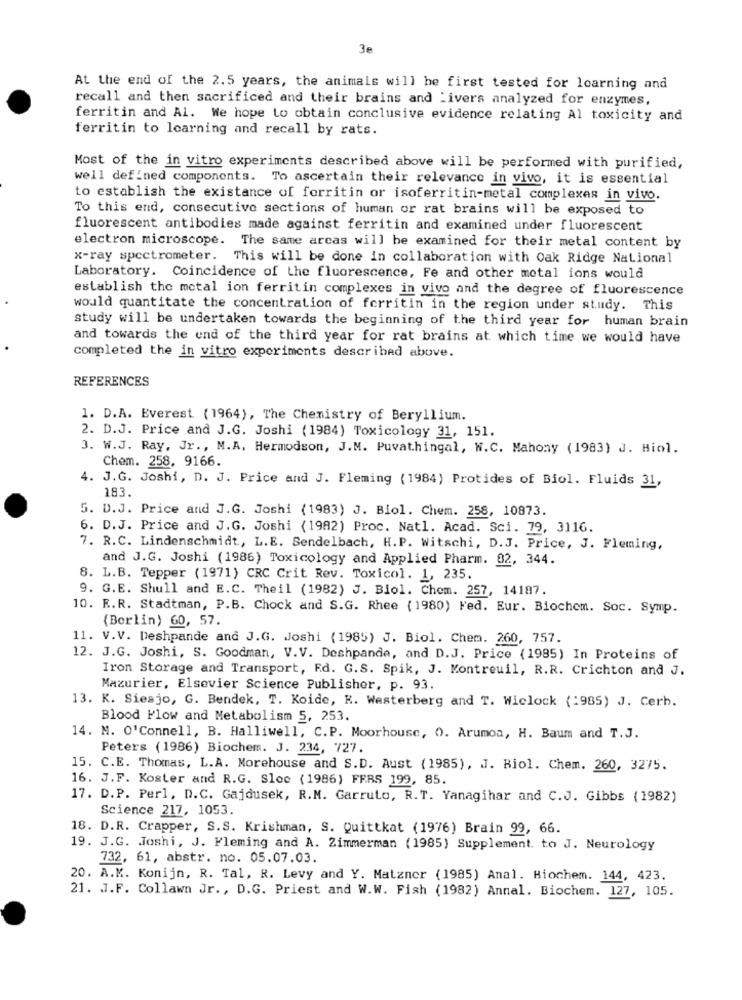
3e
At the end of the 2.5 years, the animals will he first tested for learning and
recall and then sacrificed and their brains and 'ivers analyzed for enzymes,
ferritin and Al. We hope to obtain conclusive evidence relating Al toxicity and
ferritin to learning and recall by rats.
Most of the in vitro experiments described above will be performed with purified,
well defined components. To ascertain their relevance in vivo, it is essential
to establish the existance of forritin or isoferritin-metal complexes in vivo.
To this end, consecutive sections of human or rat brains will be exposed to
fluorescent antibodies made against ferritin and examined under fluorescent
electron microscope. The same arcas will be examined for their metal content by
x-ray spectrometer. This will be done in collaboration with Oak Ridge National
Laboratory. Coincidence of the fluorescence, Fe and other metal ions would
establish the metal ion ferritin complexes in vivo and the degree of fluorescence
would quantitate the concentration of ferritin in the region under study. This
study will be undertaken towards the beginning of the third year for human brain
and towards the end of the third year for rat brains at which time we would have
completed the in vitro experiments described above.
REFERENCES
1. D.A. Everest (1964), The Chemistry of Beryllium.
2. D.J. Price and J.G. Joshi (1984) Toxicology 31, 151.
3. W.J. Ray, Jr ., M.A. Hermodson, J.M. Puvathingal, W.C. Mahony (1983) J. Biol.
Chem. 258, 9166.
4. J.G. Joshi, D. J. Price and J. Fleming (1984) Protides of Biol. Fluids 31,
183.
5. D.J. Price and J.G. Joshi (1983) J. Biol. Chem. 258, 10873.
6. D.J. Price and J.G. Joshi (1982) Proc. Natl. Acad. Sci. 79, 3116.
7. R.C. Lindenschmidt, L.E. Sendelbach, H.P. Witschi, D.J. Price, J. Fleming,
and J.G. Joshi (1986) Toxicology and Applied Pharm. 02, 344.
8. L.B. Tepper (1971) CRC Crit Rev. Toxicol. 1, 235.
9. G.E. Shull and E.C. Theil (1982) J. Biol. Chem. 257, 14187.
10. R.R. Stadtman, P.B. Chock and S.G. Rhee ( 1980) Fed. Eur. Biochem. Soc. Symp.
(Berlin) 60, 57.
11. V.V. Deshpande and J.G. Joshi (1985) J. Biol. Chem. 260, 757.
12. J.G. Joshi, S. Goodman, V.V. Deshpande, and D.J. Price (1985) In Proteins of
Iron Storage and Transport, Ed. G.S. Spik, J. Montreuil, R.R. Crichton and J.
Mazurier, Elsevier Science Publisher, p. 93.
13. K. Siesjo, G. Bendek, T. Koide, K. Westerberg and T. Wiclock (1985) J. Cerb.
Blood Flow and Metabolism 5, 253.
14. M. O'Connell, B. Halliwell, C.P. Moorhouse, O. Arumoa, H. Baum and T.J.
Peters (1986) Biochem. J. 234, 727.
15. C.E. Thomas, L.A. Morehouse and S.D. Aust (1985), J. Biol. Chem. 260, 3275.
16. J.F. Koster and R.G. Sloc (1986) FRRS 199, 85.
17. D.P. Perl, D.C. Gajdusek, R.M. Garruto, R.T. Yanagihar and C.J. Gibbs (1982)
Science 217, 1053.
18. D.R. Crapper, S.S. Krishman, S. Quittkat (1976) Brain 99, 66.
19. J.G. Joshi, J. Fleming and A. Zimmerman (1985) Supplement. to J. Neurology
732, 61, abstr. no. 05.07.03.
20. A.M. Konijn, R. Tal, R. Levy and Y. Matzner (1985) Anal. Biochem. 144, 423.
21. J.F. Collawn Jr ., D.G. Priest and W.W. Fish (1982) Annal. Biochem. 127, 105.